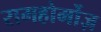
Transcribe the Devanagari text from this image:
रामहोर्मोज़